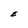
Character: E